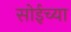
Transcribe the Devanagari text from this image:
सोईच्या